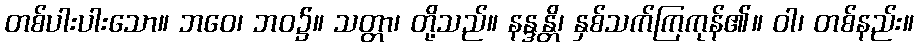
တစ်ပါးပါးသော။ ဘဝေ၊ ဘဝ၌။ သတ္တာ၊ တို့သည်။ နန္ဒန္တိ၊ နှစ်သက်ကြကုန်၏။ ဝါ၊ တစ်နည်း။